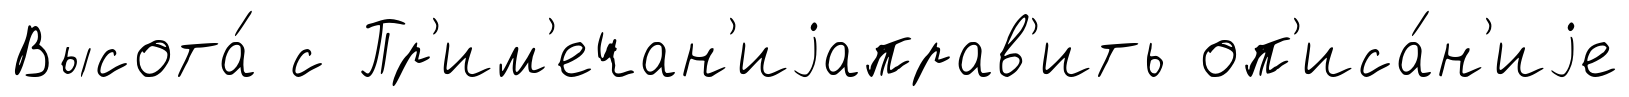
Высота́ с Пр'им'ечан'иjаправ'ить оп'иса́н'иjе